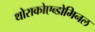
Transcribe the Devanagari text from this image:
थोराकोएब्डोमिनल